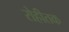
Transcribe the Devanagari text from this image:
रोहीतक